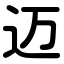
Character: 迈